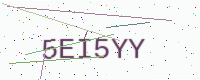
Text: 5EI5YY